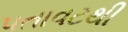
પતાવટથી